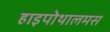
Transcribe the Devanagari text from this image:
हाइपोथालमस